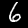
Label: 6